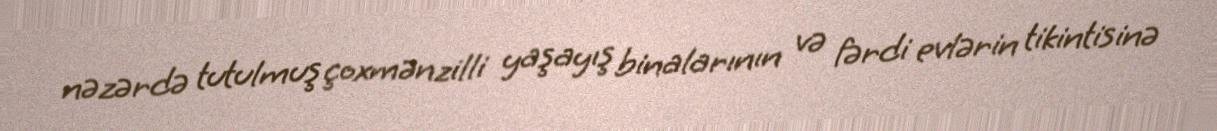
nəzərdə tutulmuş çoxmənzilli yaşayış binalarının və fərdi evlərin tikintisinə